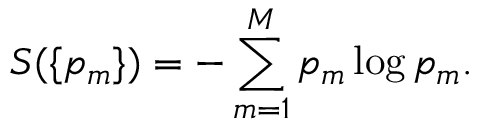
S ( \{ p _ { m } \} ) = - \sum _ { m = 1 } ^ { M } p _ { m } \log p _ { m } .